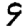
Digit: 9